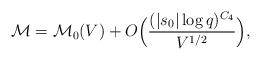
LaTeX: \begin{align*} \mathcal M =\mathcal M_0 (V)+O\Bigl( \frac{(|s_0|\log q)^{C_4}}{V^{1/2}}\Bigr),\end{align*}